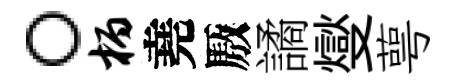
。柄堯厫譎燮萼